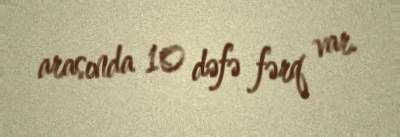
arasında 10 dəfə fərq var.